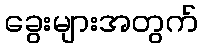
ခွေးများအတွက်